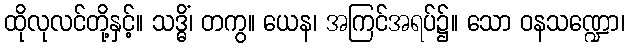
ထိုလုလင်တို့နှင့်။ သဒ္ဓိံ၊ တကွ။ ယေန၊ အကြင်အရပ်၌။ သော ဝနသဏ္ဍော၊